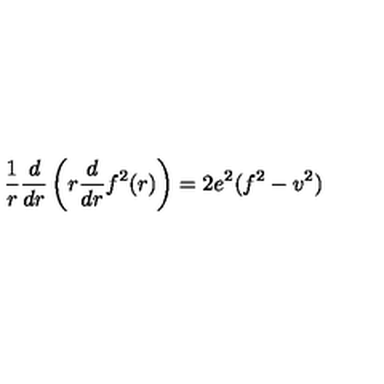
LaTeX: \frac { 1 } { r } \frac { d } { d r } \left( r \frac { d } { d r } f ^ { 2 } ( r ) \right) = 2 e ^ { 2 } ( f ^ { 2 } - v ^ { 2 } )